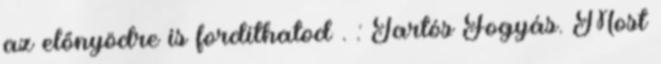
az előnyödre is fordíthatod . : Tartós Fogyás. Most